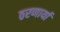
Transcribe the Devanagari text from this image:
ठरणार्या